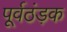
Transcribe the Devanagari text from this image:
पूर्वठंड़क